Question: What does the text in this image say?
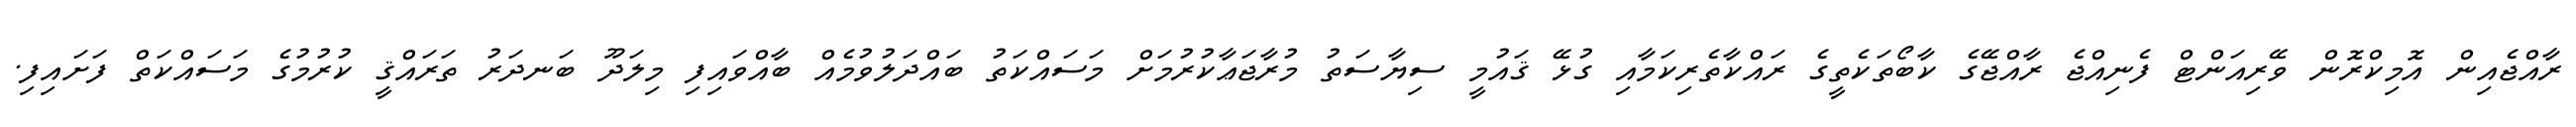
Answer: ރާއްޖެއިން އޮމިކްރޮން ވޭރިއަންޓް ފެނިއްޖެ ރާއްޖޭގެ ކާބޯތަކެތީގެ ރައްކާތެރިކަމާއި ގުޅޭ ޤައުމީ ސިޔާސަތު މުރާޖަޢާކުރުމަށް މަސައްކަތު ބައްދަލުވުމެއް ބާއްވައިފި މިލަދޫ ބަނދަރު ތަރައްޤީ ކުރުމުގެ މަސައްކަތް ފަށައިފި.